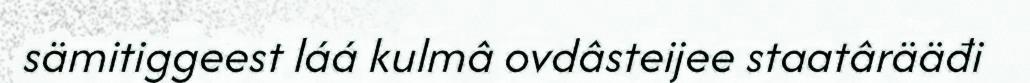
sämitiggeest láá kulmâ ovdâsteijee staatârääđi